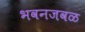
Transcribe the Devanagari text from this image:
भवनजवळ